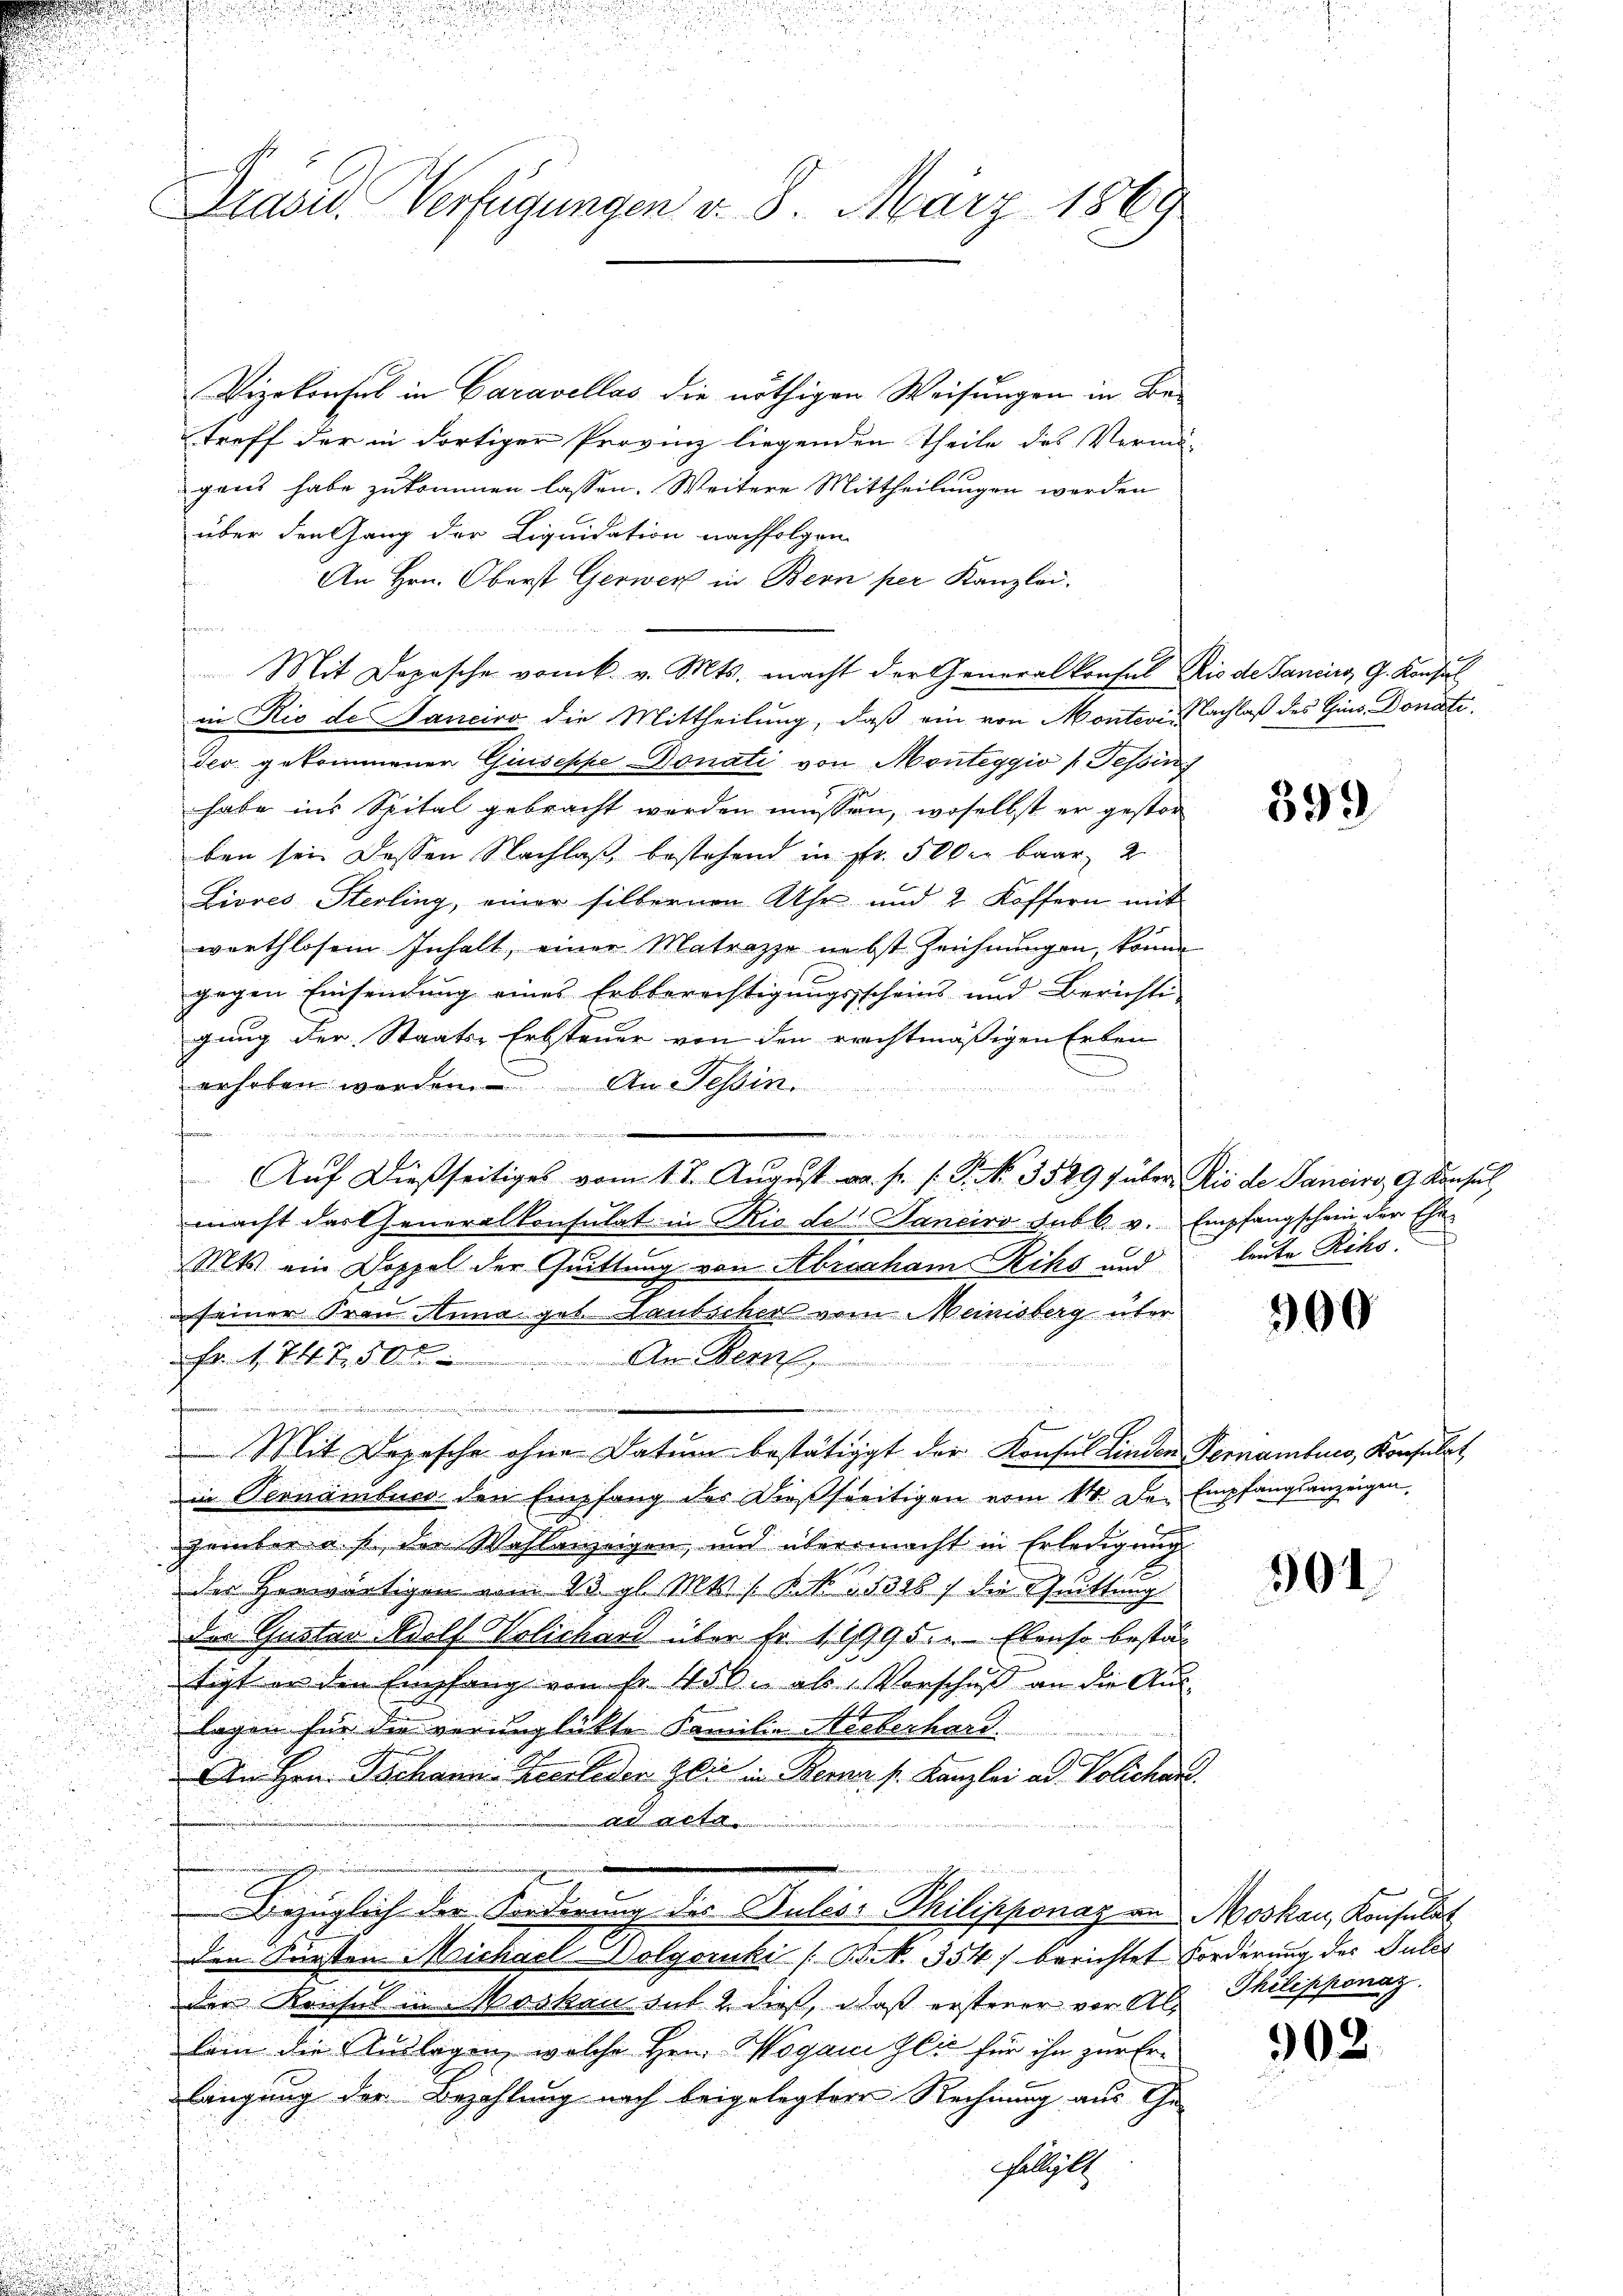
Vizekonsul in Caravellas die nöthigen Weisungen in Betreff der in dortiger Provinz liegenden Theile des Vermö-
gant habe zukommen lassen. Weitere Mittheilungen werden
über den Gang der Liquidation nachfolgen
An Hrn. Oberst Gerwer in Bern per Kanzlei.
Mit Depesche vom k. v. Mts. macht der Generalkonsul Rio de Janiers G. Konsul
in Rio de Sanciro die Mittheilung, daß ein von Monteri, Nachlaß des Gins Donati
der gekommener Giuseppe Donati von Monteggio (Tessin
habe ins Spital gebracht werden müssen, woselbst er gestor
ben sein dessen Nachlaß bestehend in str. 500 er baar, 2
Livres Sterling, einer silbernen Uhr und 2 Koffern mit
werthlosem Inhalt, einer Matrazze nebst Zeichnungen, könne
gegen Einsendung eines Erbberechtigungsscheins und Berichti-
gung der Staats-Erbsteuer von den erachtmäßigen Erben
erhoben werden. An Tessin.
iieren

Aŭf dießseitiges vom 17. Aŭgŭst wa. p. s. S. Nr. 3529 f über Rio de Janeiro G. Konsul
macht das Generalkonsulat in Rio der Janeiro sub b. v. Empfangschein der Ehe-
Mts ein Doppel der Quittung von Abraham Riks und leute Riko
seiner Frau Anna geb. Laubscher vom Meinisberg über
e
Fr. 1747,500. An Bern
enrechen wie der nur die ande vom 25

Mit Depesche ohne Datum bestätigt der Konsul Linden Pernamburg, Konsulat
Die Pernämbuco den Empfang des Diesseitigen vom 14. de. Empfangsanzeigen.
zember u. s. der Wahlanzeigen, und übermacht in Erledigŭng
der Herwärtigen vom 23. gl. Mts. No 15388 f die Quittung
der Gustav Adolf Volichard über Fr. 11995. Ebenso bestan
tigt er den Empfang von fr. 450. als Vorschuß an die Auslagen für die verunglückte Familie Neeberhard
An Hrn. Juchani-Zeerleder die in Berner s. Kanzlei ad Polichen.
ad acta

.
Bezüglich der Forderung des Pulis Philipponay an Moskau, Konsulat
den Fürsten Michael Dolgoruki [B N. 354) berichtet Forderung des Gutes
der Konsul in Moskau sub 2. dieß, daß ersterer vor Al. Philipponag
lem die Auslagen, welche Hrn. Wogani Gli für ihn zur Erlangung der Bezahlung nach beigelegter Rechnung aus Ge-
helligte

Präses Verfügungen v. 8. März 1869

399

900

501

302.